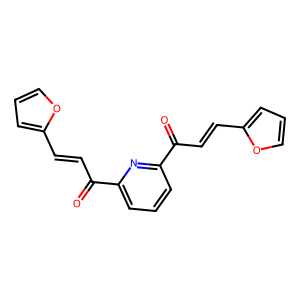
SMILES: O=C(C=Cc1ccco1)c1cccc(C(=O)C=Cc2ccco2)n1
Inhibits HIV replication: No